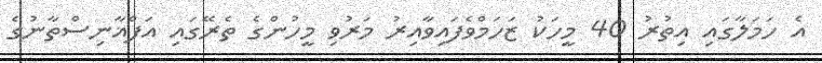
އެ ހަމަލާގައި އިތުރު 40 މީހަކު ޒަހަމްވެފައިވާއިރު މަރުވި މީހުންގެ ތެރޭގައި އަފްޣާނިސްތާނުގެ